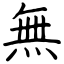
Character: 無